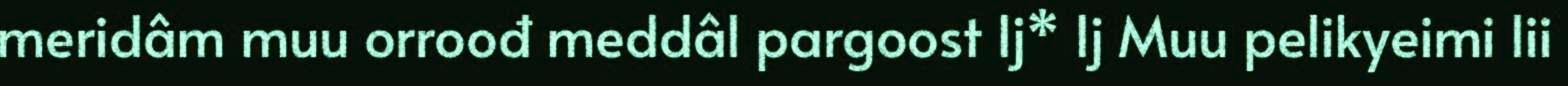
meridâm muu orroođ meddâl pargoost Ij* Ij Muu pelikyeimi lii